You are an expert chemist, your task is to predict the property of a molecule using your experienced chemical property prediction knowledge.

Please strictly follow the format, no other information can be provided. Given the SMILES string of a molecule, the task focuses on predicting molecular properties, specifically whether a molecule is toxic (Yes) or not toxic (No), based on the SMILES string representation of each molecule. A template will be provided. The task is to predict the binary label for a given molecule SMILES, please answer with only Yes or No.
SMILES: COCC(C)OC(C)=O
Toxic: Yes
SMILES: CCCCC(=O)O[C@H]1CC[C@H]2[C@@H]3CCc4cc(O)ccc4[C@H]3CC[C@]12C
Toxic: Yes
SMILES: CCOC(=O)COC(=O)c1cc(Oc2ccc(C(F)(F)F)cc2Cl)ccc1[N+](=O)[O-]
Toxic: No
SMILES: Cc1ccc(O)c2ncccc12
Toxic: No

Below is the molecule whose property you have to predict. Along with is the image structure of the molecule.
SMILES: CON=C(C(=O)N[C@@H]1C(=O)N2C(C(=O)O)=C(COC(N)=O)CS[C@H]12)c1ccco1
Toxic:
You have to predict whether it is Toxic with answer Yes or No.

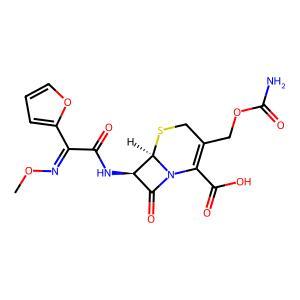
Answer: No